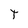
Character: T